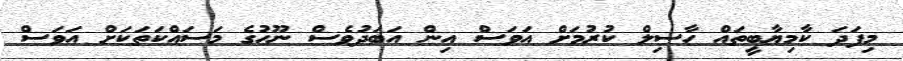
މިފަދަ ކާމިޔާބީތައް ހާސިލް ކުރުމަށް އަވަސް އިން އަބަދުވެސް ނޫޙުގެ މަސައްކަތަކަށް އަވަސް